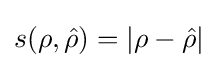
s(\rho ,{\hat {\rho }})=|\rho -{\hat {\rho }}|